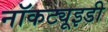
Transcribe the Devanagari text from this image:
नॉकट्यूइडी